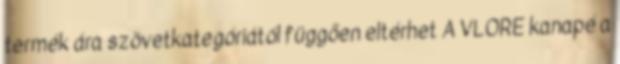
termék ára szövetkategóriától függően eltérhet A VLORE kanapé a